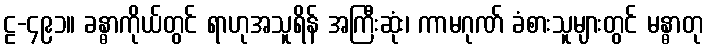
ဠ-၄၉၁။ ခန္ဓာကိုယ်တွင် ရာဟုအသူရိန် အကြီးဆုံး၊ ကာမဂုဏ် ခံစားသူများတွင် မန္ဓာတု